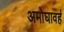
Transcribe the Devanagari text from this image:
अमोघावर्ह